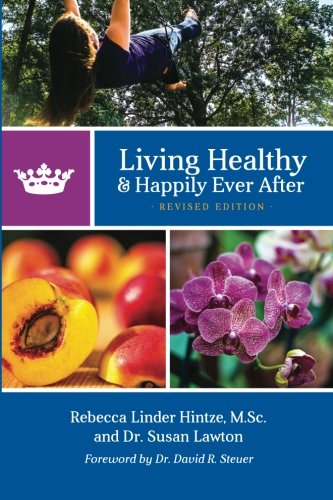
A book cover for Living Healthy and Happily Ever After: Revised Edition; Rebecca Linder Hintze; Health, Fitness & Dieting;